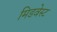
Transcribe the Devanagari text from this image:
मिडवेस्‍ट